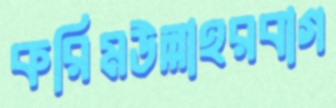
করিমউল্লাহরবাগ